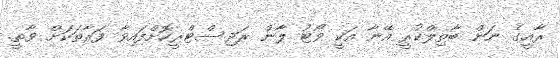
ރާއީގެ ނަން ބާތިލްކުރީ އޭނާ އަކީ ވޯޓު ލާން ރަޖިސްޓްރީކޮށްފައިވާ ފަރާތަކަށް ވާތީ.